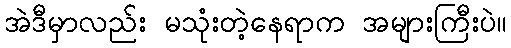
အဲဒီမှာလည်း မသုံးတဲ့နေရာက အများကြီးပဲ။